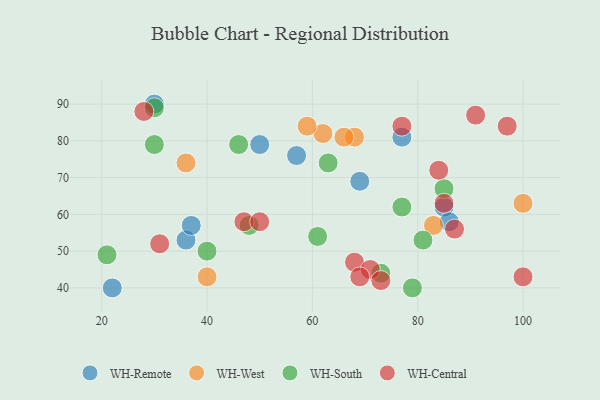
{"axis": {"x": "GDP", "y": "Life Expectancy"}, "legend": ["WH-Central", "WH-Remote", "WH-South", "WH-West"], "data": [{"x": "36", "y": 53, "type": "WH-Remote"}, {"x": "57", "y": 76, "type": "WH-Remote"}, {"x": "69", "y": 69, "type": "WH-Remote"}, {"x": "22", "y": 40, "type": "WH-Remote"}, {"x": "50", "y": 79, "type": "WH-Remote"}, {"x": "85", "y": 62, "type": "WH-Remote"}, {"x": "30", "y": 90, "type": "WH-Remote"}, {"x": "86", "y": 58, "type": "WH-Remote"}, {"x": "37", "y": 57, "type": "WH-Remote"}, {"x": "77", "y": 81, "type": "WH-Remote"}, {"x": "62", "y": 82, "type": "WH-West"}, {"x": "100", "y": 63, "type": "WH-West"}, {"x": "83", "y": 57, "type": "WH-West"}, {"x": "59", "y": 84, "type": "WH-West"}, {"x": "68", "y": 81, "type": "WH-West"}, {"x": "66", "y": 81, "type": "WH-West"}, {"x": "40", "y": 43, "type": "WH-West"}, {"x": "36", "y": 74, "type": "WH-West"}, {"x": "63", "y": 74, "type": "WH-South"}, {"x": "40", "y": 50, "type": "WH-South"}, {"x": "21", "y": 49, "type": "WH-South"}, {"x": "30", "y": 89, "type": "WH-South"}, {"x": "81", "y": 53, "type": "WH-South"}, {"x": "30", "y": 79, "type": "WH-South"}, {"x": "46", "y": 79, "type": "WH-South"}, {"x": "61", "y": 54, "type": "WH-South"}, {"x": "79", "y": 40, "type": "WH-South"}, {"x": "73", "y": 44, "type": "WH-South"}, {"x": "77", "y": 62, "type": "WH-South"}, {"x": "85", "y": 67, "type": "WH-South"}, {"x": "48", "y": 57, "type": "WH-South"}, {"x": "28", "y": 88, "type": "WH-Central"}, {"x": "97", "y": 84, "type": "WH-Central"}, {"x": "91", "y": 87, "type": "WH-Central"}, {"x": "31", "y": 52, "type": "WH-Central"}, {"x": "68", "y": 47, "type": "WH-Central"}, {"x": "47", "y": 58, "type": "WH-Central"}, {"x": "84", "y": 72, "type": "WH-Central"}, {"x": "71", "y": 45, "type": "WH-Central"}, {"x": "69", "y": 43, "type": "WH-Central"}, {"x": "73", "y": 42, "type": "WH-Central"}, {"x": "87", "y": 56, "type": "WH-Central"}, {"x": "50", "y": 58, "type": "WH-Central"}, {"x": "77", "y": 84, "type": "WH-Central"}, {"x": "100", "y": 43, "type": "WH-Central"}, {"x": "85", "y": 63, "type": "WH-Central"}]}